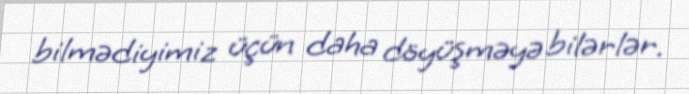
bilmədiyimiz üçün daha döyüşməyə bilərlər.